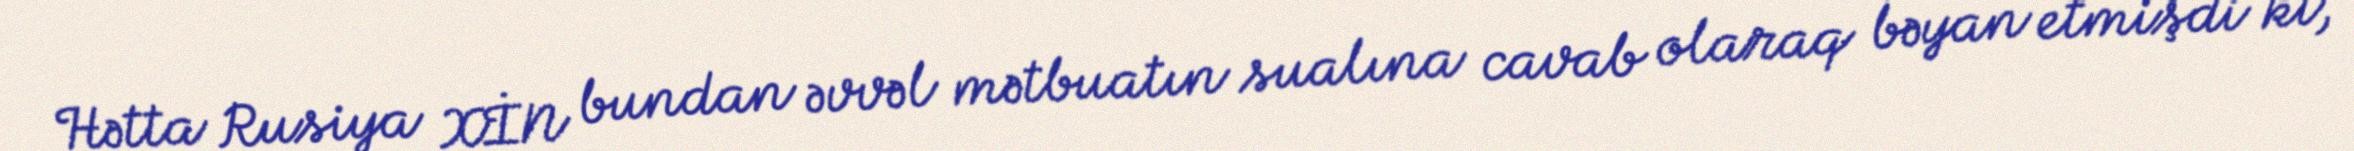
Hətta Rusiya XİN bundan əvvəl mətbuatın sualına cavab olaraq bəyan etmişdi ki,